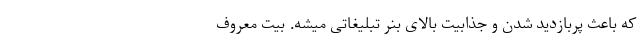
که باعث پربازدید شدن و جذابیت بالای بنر تبلیغاتی میشه. بیت معروف